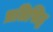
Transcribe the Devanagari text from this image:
प्रतिसिद्ध